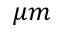
\mu m